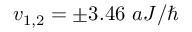
v _ { 1 , 2 } = \pm 3 . 4 6 ~ a J / \hbar